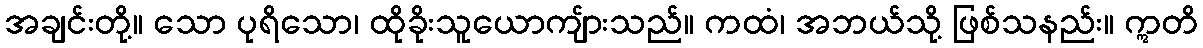
အချင်းတို့။ သော ပုရိသော၊ ထိုခိုးသူယောကျ်ားသည်။ ကထံ၊ အဘယ်သို့ ဖြစ်သနည်း။ ဣတိ